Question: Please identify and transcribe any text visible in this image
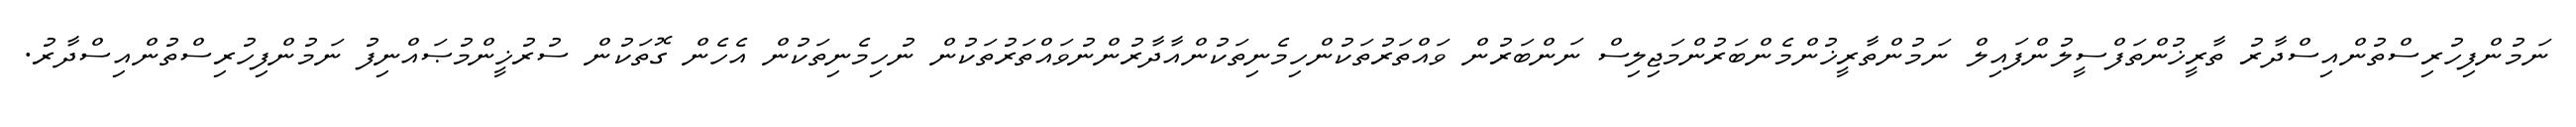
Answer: ނަމުންފިހުރިސްތުންއިސްދާރު ތާރީޚުންތަފްސީލުންފައިލް ނަމުންތާރީޚުންމެންބަރުންމަޖިލިސް ނަންބަރުން ވައްތަރުތަކުންހިމެނިތަކުންއާދާރުންނުވައްތަރުތަކުން ނުހިމެނިތަކުން އެހެން ގޮތަކުން ސުރުޚީންމުޞައްނިފު ނަމުންފިހުރިސްތުންއިސްދާރު.